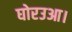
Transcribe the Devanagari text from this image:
घोरउआ।